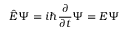
{ \hat { E } } \Psi = i \hbar { \frac { \partial } { \partial t } } \Psi = E \Psi \,